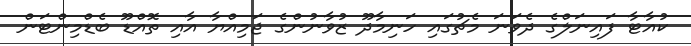
ކުއާޓާ ފައިނަލްގެ ދެވަނަ މެޗުގައި ހަނިމާދޫ ޒުވާނުންގެ ޖަމިއްޔާ އާއި ތޮއްޑޫ ބެޑްމިންޓަން